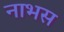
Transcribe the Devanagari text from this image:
नाभस